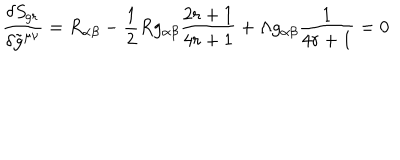
\frac { \delta { \it S } _ { g r } } { \delta \tilde { g } ^ { \mu \nu } } = R _ { \alpha \beta } - \frac { 1 } { 2 } R g _ { \alpha \beta } \frac { 2 r + 1 } { 4 r + 1 } + \Lambda g _ { \alpha \beta } \frac { 1 } { 4 r + 1 } = 0